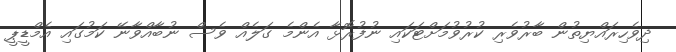
ދިވެހިރައްޔިތުން ބާރުވެރި ކުރުވުމަށްޓަކައި ނުފުރޮޅާ އެންމެ ގަލެއް ވެސް ނުބާއްވާނޭ ކަމުގައި އެމްޑީޕީ